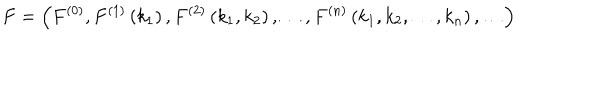
F = \left( F ^ { ( 0 ) } , F ^ { ( 1 ) } \left( k _ { 1 } \right) , F ^ { ( 2 ) } \left( k _ { 1 } , k _ { 2 } \right) , \ldots , F ^ { ( n ) } \left( k _ { 1 } , k _ { 2 } , \ldots , k _ { n } \right) , \ldots \right) \,